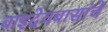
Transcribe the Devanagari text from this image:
बाइदेवबासांचे